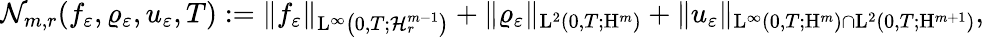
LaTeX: \begin{array}{r}{\mathcal{N}_{m,r}(f_{\varepsilon},\varrho_{\varepsilon},u_{\varepsilon},T):=\Vert f_{\varepsilon}\Vert_{\mathrm{L}^{\infty}\left(0,T;\mathcal{H}_{r}^{m-1}\right)}+\Vert\varrho_{\varepsilon}\Vert_{\mathrm{L}^{2}(0,T;\mathrm{H}^{m})}+\Vert u_{\varepsilon}\Vert_{\mathrm{L}^{\infty}(0,T;\mathrm{H}^{m})\cap\mathrm{L}^{2}(0,T;\mathrm{H}^{m+1})},}\end{array}